Annual report on the mental hospital in the Central Provinces and Berar (Nagpur) - 1927-1951
Year: 1927
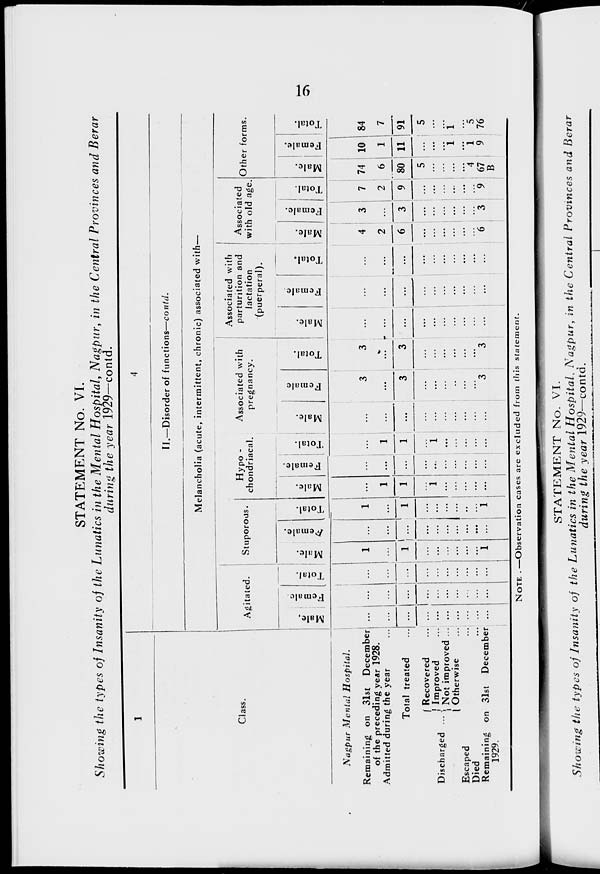
16
STATEMENT No. VI.
Showing the types of Insanity of the Lunatics in the Mental Hospital, Nagpur, in the Central Provinces and Berar
during the year 1929—contd.
1
Class.
Nagpur Mental
Hospital.
Remaining on 31st December
of the preceding year 1928.
Admitted during the year ...
Total treated ...
Discharged ...
Recovered ...
Improved ...
Not improved ...
Otherwise ...
Escaped ...
Died ...
Remaining on 31st December
1929.
4
II.—Disorder of functions—contd.
Melancholia (acute, intermittent, chronic) associated with—
Agitated.
Male.
...
...
...
...
...
...
...
...
...
...
Female.
...
...
...
...
...
...
...
...
...
...
Total.
...
...
...
...
...
...
...
...
...
...
Stuporous.
Male.
1
...
1
...
...
...
...
...
...
1
Female.
...
...
...
...
...
...
...
...
...
...
Total.
1
...
1
...
...
...
...
...
...
1
Hypo-
chondriacal.
Male.
...
1
1
...
1
...
...
...
...
...
Female.
...
...
...
...
...
...
...
...
...
...
Total.
...
1
1
...
1
...
...
...
...
...
Associated with
pregnancy.
Male.
...
...
...
...
...
...
...
...
...
...
Female.
3
...
3
...
...
...
...
...
...
3
Total.
3
...
3
...
...
...
...
...
...
3
Associated with
parturition and
lactation
(puerperal).
Male.
...
...
...
...
...
...
...
...
...
...
Female.
...
...
...
...
...
...
...
...
...
...
Total.
...
...
...
...
...
...
...
...
...
...
Associated
with old age.
Male.
4
2
6
...
...
...
...
...
...
6
Female.
3
...
3
...
...
...
...
...
...
3
Total.
7
2
9
...
...
...
...
...
...
9
Other forms.
Male.
74
6
80
5
...
...
...
...
4
67
B
Female.
10
1
11
...
...
...
1
...
1
9
Total.
84
7
91
5
...
...
1
...
5
76
NOTE.—Observation cases are excluded from this statement.